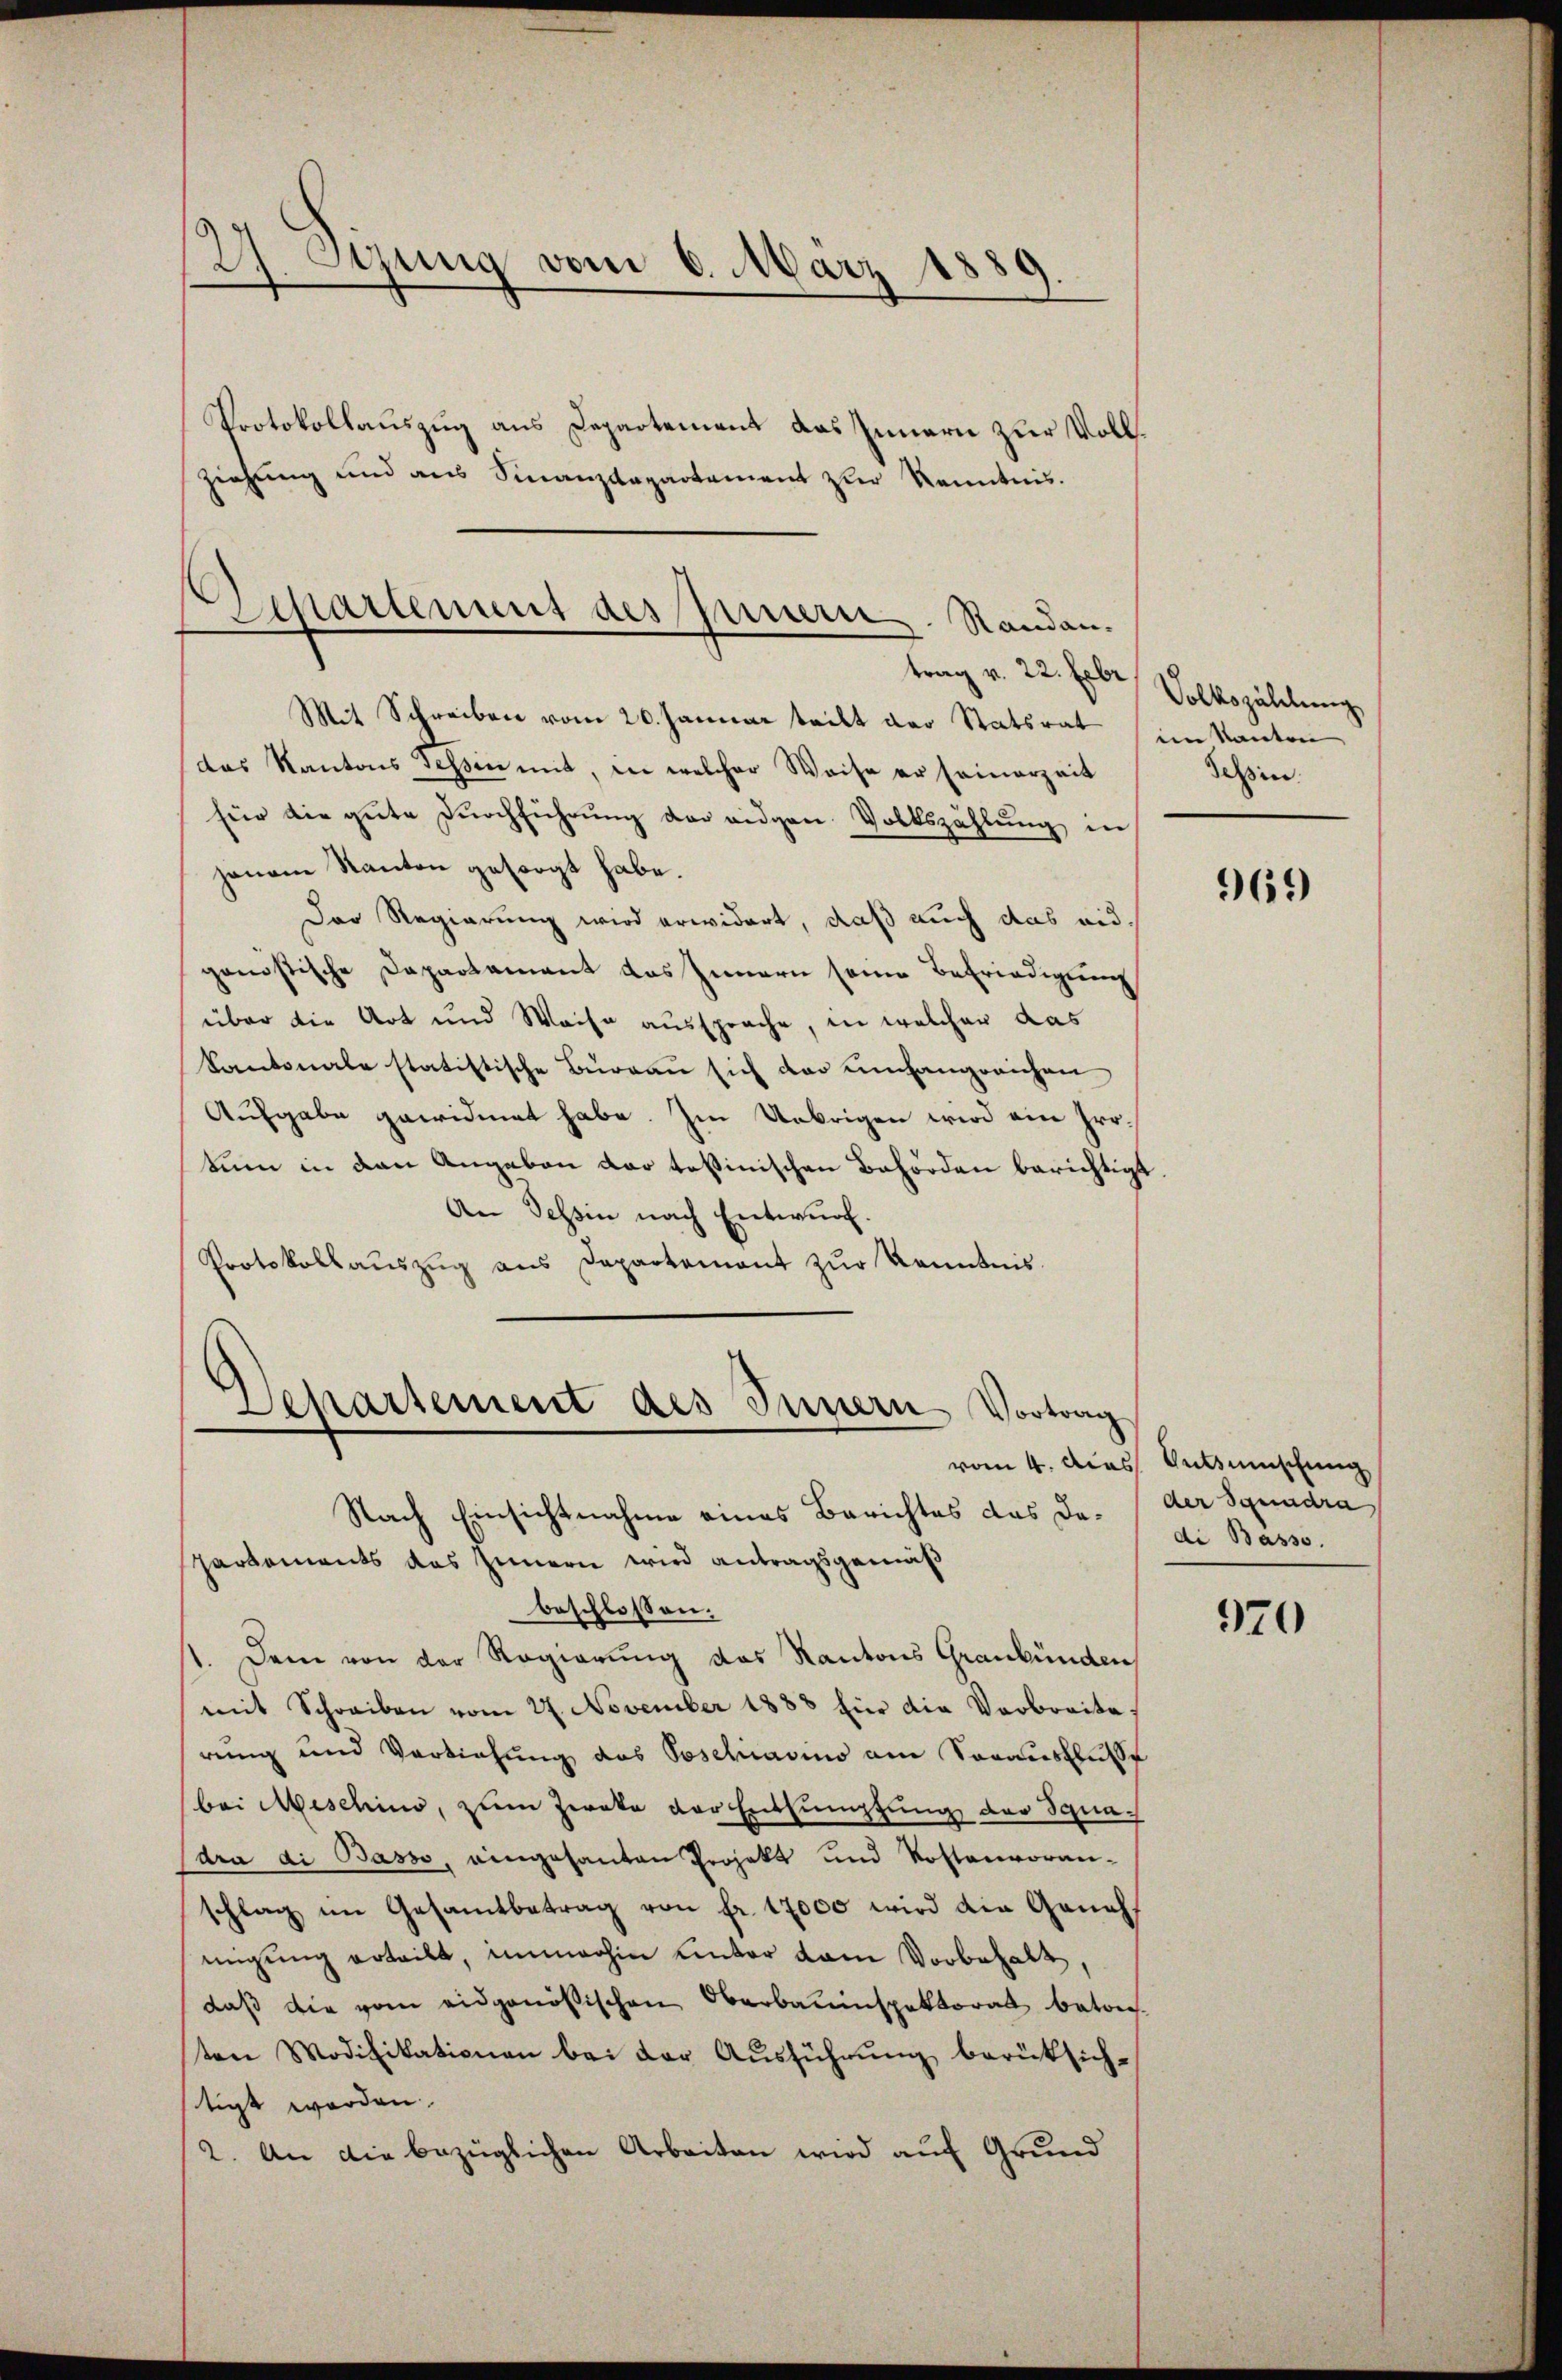
27. Szung vom 6. März 1889.
Protokollauszug aus Departement das Innern zur Vollziehung und aus Finanzdepartement zur Kenntnis.

Mit Schreiben vom 20. Januar teilt der Statsrat
das Kantons sessin mit, in welcher Weise er seinerzeit
für die gute Dŭrchführŭng der eidgen. Volkszählŭng in
jenem Kanton gesorgt habe.
Der Regierung wird erwidert, daß auch das eid.
ganostische Dapartement das Innern seine Befriedigung
über die Art und Weise aussprache, in welcher das
Kantonale statistische Büreau sich der umfangreichen
Aufgabe gewidmet habe. Im Uebrigen wird ein Protum in den Angaben dar tessinischen Behörden berichtigt
An Tessin nach Entwurf.
Protokollauszug aus Departement zur Kenntnis.
Departement des Innern Vortrag
Nach Einsichtnahme eines Berichtes das Dapartements das Innern wird antragsgemäß
beschlossen:
1. Dem von der Regierung das Kantons Graubünden
mit Schreiben vom 27. November 1888 fin die Verbreite.
rung und Verziehung das Poschiavino am Sorausflusse
bei Aeschino, zum Zweke der Entsumpfung der Schnach
dra di Basso, eingesanten Projekt und Kostenvoranschlag im Gesamtbetrag von fr. 17000 wird die Genehmigŭng erteilt, immerhin unter vom Vorbehalt,
daß die vom eidgenößischen Oberbauinspektorat betre
sten Modifikationen bei der Ausführung berücksich-
tigt werden.
2. An die bezüglichen Arbeiten wird auf Grund

Separtement des Innern. Standantrag v. 22. Febr.

Volkszählung
in Kanton
Schin

969

vom 4. Das Gutsmmschung
der Spendra
di Basso.

970